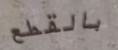
بالقطع